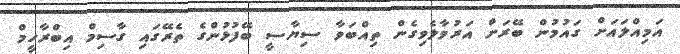
އަމިއްލައަށް ގައުމުން ބޭރަށް އަރުވާލެވިގެން ތިއްބަވާ ސިޔާސީ ބޭފުޅުންގެ ތެރޭގައި ގާސިމް އިބްރާހީމް